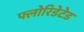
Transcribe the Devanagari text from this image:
फ्लोरिडेटेड